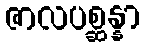
ဇာလပစ္ဆန္နာ